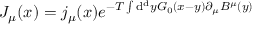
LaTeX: J _ { \mu } ( x ) = j _ { \mu } ( x ) e ^ { - T \int \mathrm { d } ^ { \mathrm { d } } y G _ { 0 } ( x - y ) \partial _ { \mu } B ^ { \mu } ( y ) }